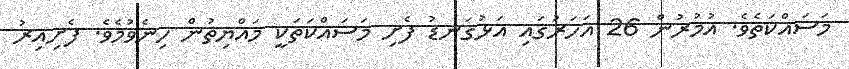
މަސައްކަތެވެ. އުމުރުން 26 އަހަރުގައި އަޅުގަނޑު ފެށި މަސައްކަތަކީ މައްޔިތުން ހިނެވުމެވެ. ފެށިއިރު